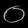
Digit: ၀